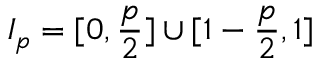
I _ { p } = [ 0 , \frac { p } { 2 } ] \cup [ 1 - \frac { p } { 2 } , 1 ]